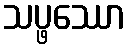
သပ္ဖဿော